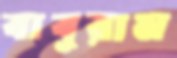
বাবুরাম